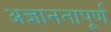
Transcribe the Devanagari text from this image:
अज्ञानतापूर्ण